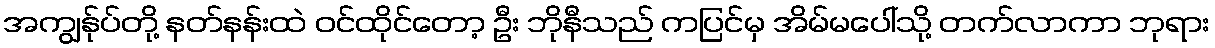
အကျွန်ုပ်တို့ နတ်နန်းထဲ ဝင်ထိုင်တော့ ဦး ဘိုနီသည် ကပြင်မှ အိမ်မပေါ်သို့ တက်လာကာ ဘုရား